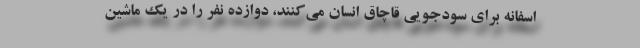
اسفانه برای سودجویی قاچاق انسان می‌کنند، دوازده نفر را در یک ماشین